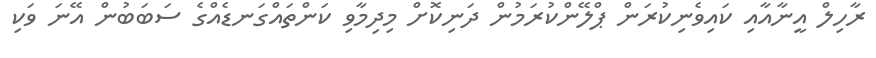
ރާހިލް އީނާއާއި ކައިވެނިކުރަން ޕްލޭންކުރަމުން ދަނިކޮށް މިދިމާވި ކަންތައްގަނޑެއްގެ ސަބަބުން އޭނަ ވަކި